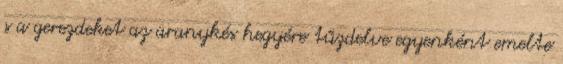
s a gerezdeket az aranykés hegyére tűzdelve egyenként emelte